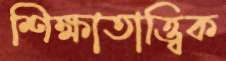
শিক্ষাতাত্ত্বিক